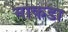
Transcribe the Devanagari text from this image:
माकडा